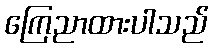
ကြေညာထားပါသည်